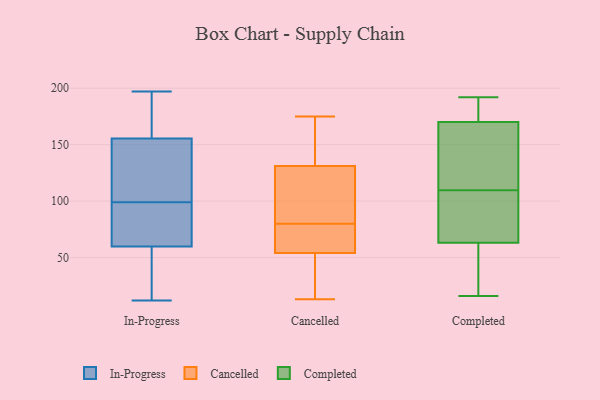
{"axis": {"x": "Conversion Rate (%)", "y": "Value"}, "legend": ["Cancelled", "Completed", "In-Progress"], "data": [{"x": "", "y": 97, "type": "In-Progress"}, {"x": "", "y": 81, "type": "In-Progress"}, {"x": "", "y": 139, "type": "In-Progress"}, {"x": "", "y": 194, "type": "In-Progress"}, {"x": "", "y": 74, "type": "In-Progress"}, {"x": "", "y": 55, "type": "In-Progress"}, {"x": "", "y": 94, "type": "In-Progress"}, {"x": "", "y": 197, "type": "In-Progress"}, {"x": "", "y": 12, "type": "In-Progress"}, {"x": "", "y": 99, "type": "In-Progress"}, {"x": "", "y": 105, "type": "In-Progress"}, {"x": "", "y": 17, "type": "In-Progress"}, {"x": "", "y": 131, "type": "In-Progress"}, {"x": "", "y": 137, "type": "In-Progress"}, {"x": "", "y": 169, "type": "In-Progress"}, {"x": "", "y": 193, "type": "In-Progress"}, {"x": "", "y": 30, "type": "In-Progress"}, {"x": "", "y": 161, "type": "In-Progress"}, {"x": "", "y": 19, "type": "In-Progress"}, {"x": "", "y": 13, "type": "Cancelled"}, {"x": "", "y": 164, "type": "Cancelled"}, {"x": "", "y": 63, "type": "Cancelled"}, {"x": "", "y": 84, "type": "Cancelled"}, {"x": "", "y": 175, "type": "Cancelled"}, {"x": "", "y": 144, "type": "Cancelled"}, {"x": "", "y": 15, "type": "Cancelled"}, {"x": "", "y": 76, "type": "Cancelled"}, {"x": "", "y": 45, "type": "Cancelled"}, {"x": "", "y": 107, "type": "Cancelled"}, {"x": "", "y": 118, "type": "Cancelled"}, {"x": "", "y": 64, "type": "Cancelled"}, {"x": "", "y": 141, "type": "Completed"}, {"x": "", "y": 75, "type": "Completed"}, {"x": "", "y": 63, "type": "Completed"}, {"x": "", "y": 133, "type": "Completed"}, {"x": "", "y": 189, "type": "Completed"}, {"x": "", "y": 192, "type": "Completed"}, {"x": "", "y": 48, "type": "Completed"}, {"x": "", "y": 16, "type": "Completed"}, {"x": "", "y": 86, "type": "Completed"}, {"x": "", "y": 170, "type": "Completed"}]}